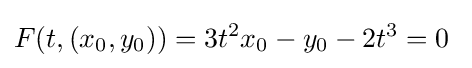
F(t,(x_{0},y_{0}))=3t^{2}x_{0}-y_{0}-2t^{3}=0\